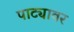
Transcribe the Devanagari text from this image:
पाट्यावर